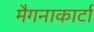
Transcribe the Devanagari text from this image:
मैगनाकार्टा